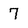
Character: 7